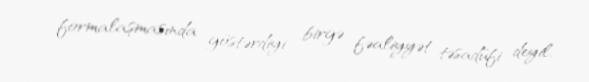
formalaşmasında göstərdiyi birgə fəaliyyət təsadüfi deyil.